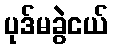
ပုဒ်မခွဲငယ်